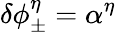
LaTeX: \delta\phi_{\pm}^{\eta}=\alpha^{\eta}